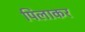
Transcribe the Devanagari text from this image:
पिलाकर